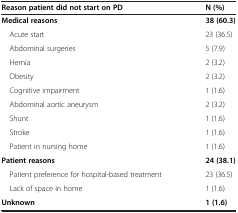
<table><thead><tr><td><b>Reason patient did not start on PD</b></td><td><b>N (%)</b></td></tr></thead><tbody><tr><td><b>Medical reasons</b></td><td><b>38 (60.3)</b></td></tr><tr><td> Acute start</td><td>23 (36.5)</td></tr><tr><td> Abdominal surgeries</td><td>5 (7.9)</td></tr><tr><td> Hernia</td><td>2 (3.2)</td></tr><tr><td> Obesity</td><td>2 (3.2)</td></tr><tr><td> Cognitive impairment</td><td>1 (1.6)</td></tr><tr><td> Abdominal aortic aneurysm</td><td>2 (3.2)</td></tr><tr><td> Shunt</td><td>1 (1.6)</td></tr><tr><td> Stroke</td><td>1 (1.6)</td></tr><tr><td> Patient in nursing home</td><td>1 (1.6)</td></tr><tr><td><b>Patient reasons</b></td><td><b>24 (38.1)</b></td></tr><tr><td> Patient preference for hospital-based treatment</td><td>23 (36.5)</td></tr><tr><td> Lack of space in home</td><td>1 (1.6)</td></tr><tr><td><b>Unknown</b></td><td><b>1 (1.6)</b></td></tr></tbody></table>